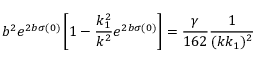
b ^ { 2 } e ^ { 2 b \sigma ( 0 ) } \left[ 1 - \frac { k _ { 1 } ^ { 2 } } { k ^ { 2 } } e ^ { 2 b \sigma ( 0 ) } \right] = \frac { \gamma } { 1 6 2 } \frac { 1 } { ( k k _ { 1 } ) ^ { 2 } }